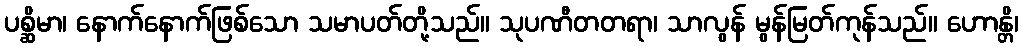
ပစ္ဆိမာ၊ နောက်နောက်ဖြစ်သော သမာပတ်တို့သည်။ သုပဏီတတရာ၊ သာလွန် မွန်မြတ်ကုန်သည်။ ဟောန္တိ၊